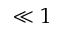
\ll 1